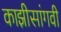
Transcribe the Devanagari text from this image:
काझीसांगवी